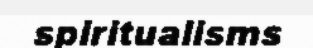
spiritualisms